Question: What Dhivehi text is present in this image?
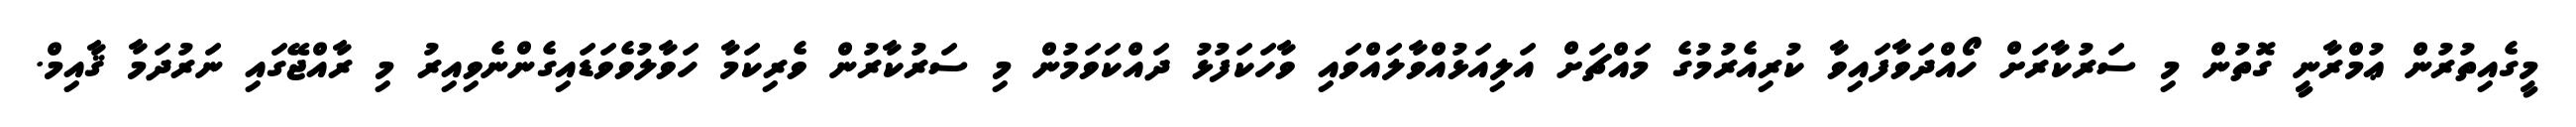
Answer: މީގެއިތުރުން ޢުމްރާނީ ގޮތުން މި ސަރުކާރަށް ހޯއްދަވާފައިވާ ކުރިއެރުމުގެ މައްޗަށް އަލިއަޅުއްވާލައްވައި ވާހަކަފުޅު ދައްކަވަމުން މި ސަރުކާރުން ވެރިކަމާ ހަވާލުވެވަޑައިގެންނެވިއިރު މި ރާއްޖޭގައި ނަރުދަމާ ޤާއިމް.